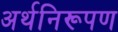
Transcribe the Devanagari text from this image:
अर्थनिरूपण